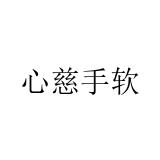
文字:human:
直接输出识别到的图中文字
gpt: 心慈手软